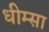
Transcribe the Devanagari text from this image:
धीम्सा